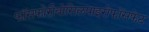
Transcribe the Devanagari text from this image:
फॉसफोरीबोसिलपाइरोफॉसफेट